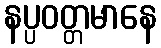
နပ္ပဝတ္တမာနေ